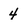
Character: 4